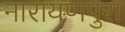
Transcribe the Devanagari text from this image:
नारायणपुरा